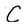
Character: C